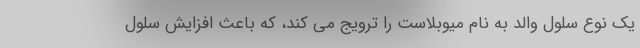
یک نوع سلول والد به نام میوبلاست را ترویج می کند، که باعث افزایش سلول